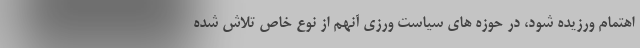
اهتمام ورزیده شود، در حوزه های سیاست ورزی آنهم از نوع خاص تلاش شده